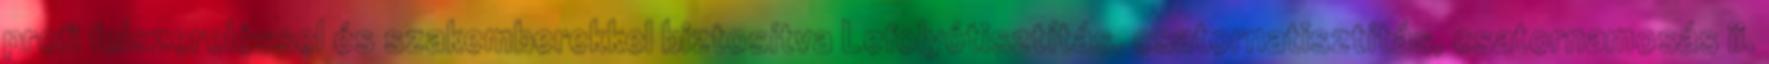
profi felszereléssel és szakemberekkel biztosítva Lefolyótisztítás, csatornatisztítás, csatornamosás ii.